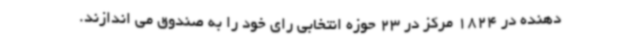
دهنده در 1824 مرکز در 23 حوزه انتخابی رای خود را به صندوق می اندازند.